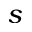
s